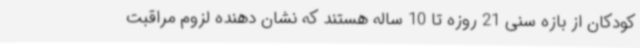
کودکان از بازه سنی 21 روزه تا 10 ساله هستند که نشان دهنده لزوم مراقبت